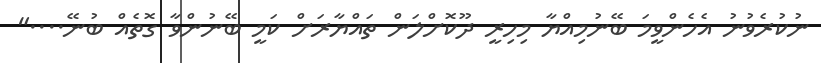
ނުކުރެވުނު އެހެންވީމަ ބޭނުމިއްޔާ މިހިރީ ދޫކޮށްލަން ތައްޔާރަށް ކަމީ ބޭނުންވާ ގޮތެއް ބުނޭ...."